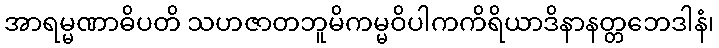
အာရမ္မဏာဓိပတိ သဟဇာတဘူမိကမ္မဝိပါကကိရိယာဒိနာနတ္တဘေဒါနံ၊